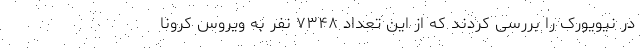
در نیویورک را بررسی کردند که از این تعداد ۷۳۴۸ نفر به ویروس کرونا